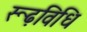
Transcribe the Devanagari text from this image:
रूढ़विधि